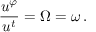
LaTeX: \frac { u ^ { \varphi } } { u ^ { t } } = \Omega = \omega \, .